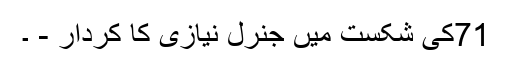
71کی شکست میں جنرل نیازی کا کردار - ۔